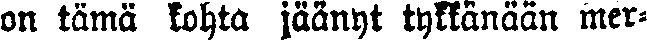
on tämä kohta jäänyt tykkänään mer-